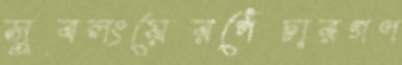
সুবলংয়েরপেঁচারগণ